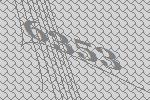
6353